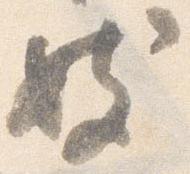
妓